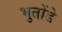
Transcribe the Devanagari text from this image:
भुतोंडे